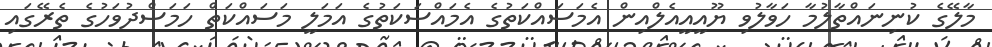
މާލޭގެ ކުނިނައްތާލުމާ ހަވާލުވި ޔޫއީއީއެލްއިން އެމަސައްކަތުގެ އެމައްސަކަތުގެ އަމަލީ މަސައްކަތް ހަމަސްދުވަހުގެ ތެރޭގައި